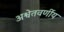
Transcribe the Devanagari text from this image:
अश्वेतवर्णीय